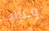
وغريب